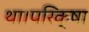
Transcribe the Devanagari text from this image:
था।परिक्षा